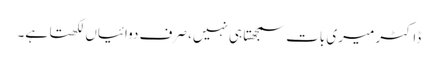
ڈاکٹر میری بات سمجھتا ہی نہیں، صرف دوائیاں لکھتا ہے۔